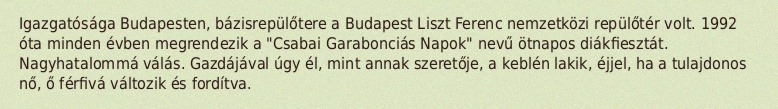
Igazgatósága Budapesten, bázisrepülőtere a Budapest Liszt Ferenc nemzetközi repülőtér volt. 1992 óta minden évben megrendezik a "Csabai Garabonciás Napok" nevű ötnapos diákfiesztát. Nagyhatalommá válás. Gazdájával úgy él, mint annak szeretője, a keblén lakik, éjjel, ha a tulajdonos nő, ő férfivá változik és fordítva.